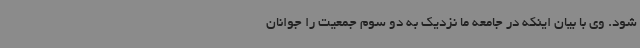
شود. وی با بیان اینکه در جامعه ما نزدیک به دو سوم جمعیت را جوانان